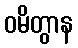
ဝမိတွာန